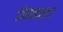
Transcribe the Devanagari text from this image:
डोनकास्टर